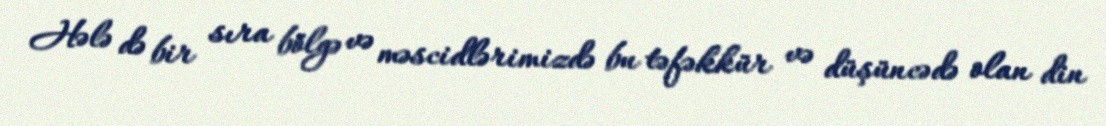
Hələ də bir sıra bölgə və məscidlərimizdə bu təfəkkür və düşüncədə olan din